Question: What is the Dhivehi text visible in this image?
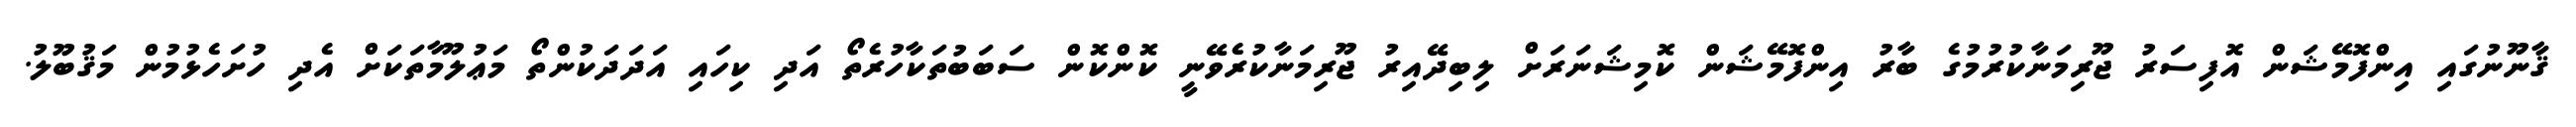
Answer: ޤާނޫނުގައި އިންފޮމޭޝަން އޮފިސަރު ޖޫރިމަނާކުރުމުގެ ބާރު އިންފޮމޭޝަން ކޮމިޝަނަރަށް ލިބިދޭއިރު ޖޫރިމަނާކުރެވޭނީ ކޮންކޮން ސަބަބުތަކާހުރެތޯ އަދި ކިހައި އަދަދަކުންތޯ މަޢުލޫމާތަކަށް އެދި ހުށަހެޅުމުން މަޤުބޫލު.